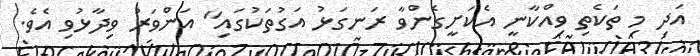
އަދި މި ތަކެތި ވިއްކާނީ އެކަށީގެންވާ ރަނގަޅު އަގުތަކުގައި" އަންވަރު ވިދާޅުވި އެވެ.